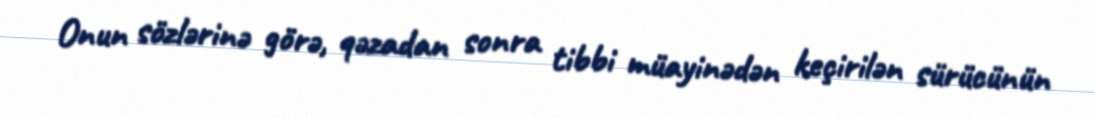
Onun sözlərinə görə, qəzadan sonra tibbi müayinədən keçirilən sürücünün